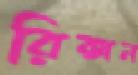
রিক্সন